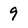
Character: 9